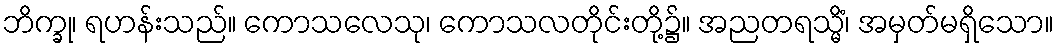
ဘိက္ခု၊ ရဟန်းသည်။ ကောသလေသု၊ ကောသလတိုင်းတို့၌။ အညတရသ္မိံ၊ အမှတ်မရှိသော။